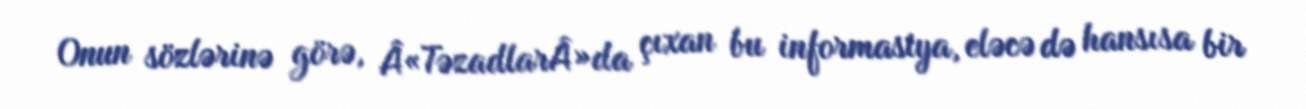
Onun sözlərinə görə, Â«TəzadlarÂ»da çıxan bu informasiya, eləcə də hansısa bir